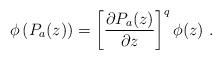
LaTeX: \begin{align*}\phi \left( P_a(z)\right) =\left[ \frac{\partial P_a(z)}{\partial z}\right] ^q\phi (z)\ .\end{align*}